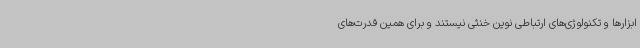
ابزارها و تکنولوژی‌های ارتباطی نوین خنثی نیستند و برای همین قدرت‌های